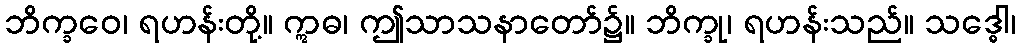
ဘိက္ခဝေ၊ ရဟန်းတို့။ ဣဓ၊ ဤသာသနာတော်၌။ ဘိက္ခု၊ ရဟန်းသည်။ သဒ္ဓေါ၊